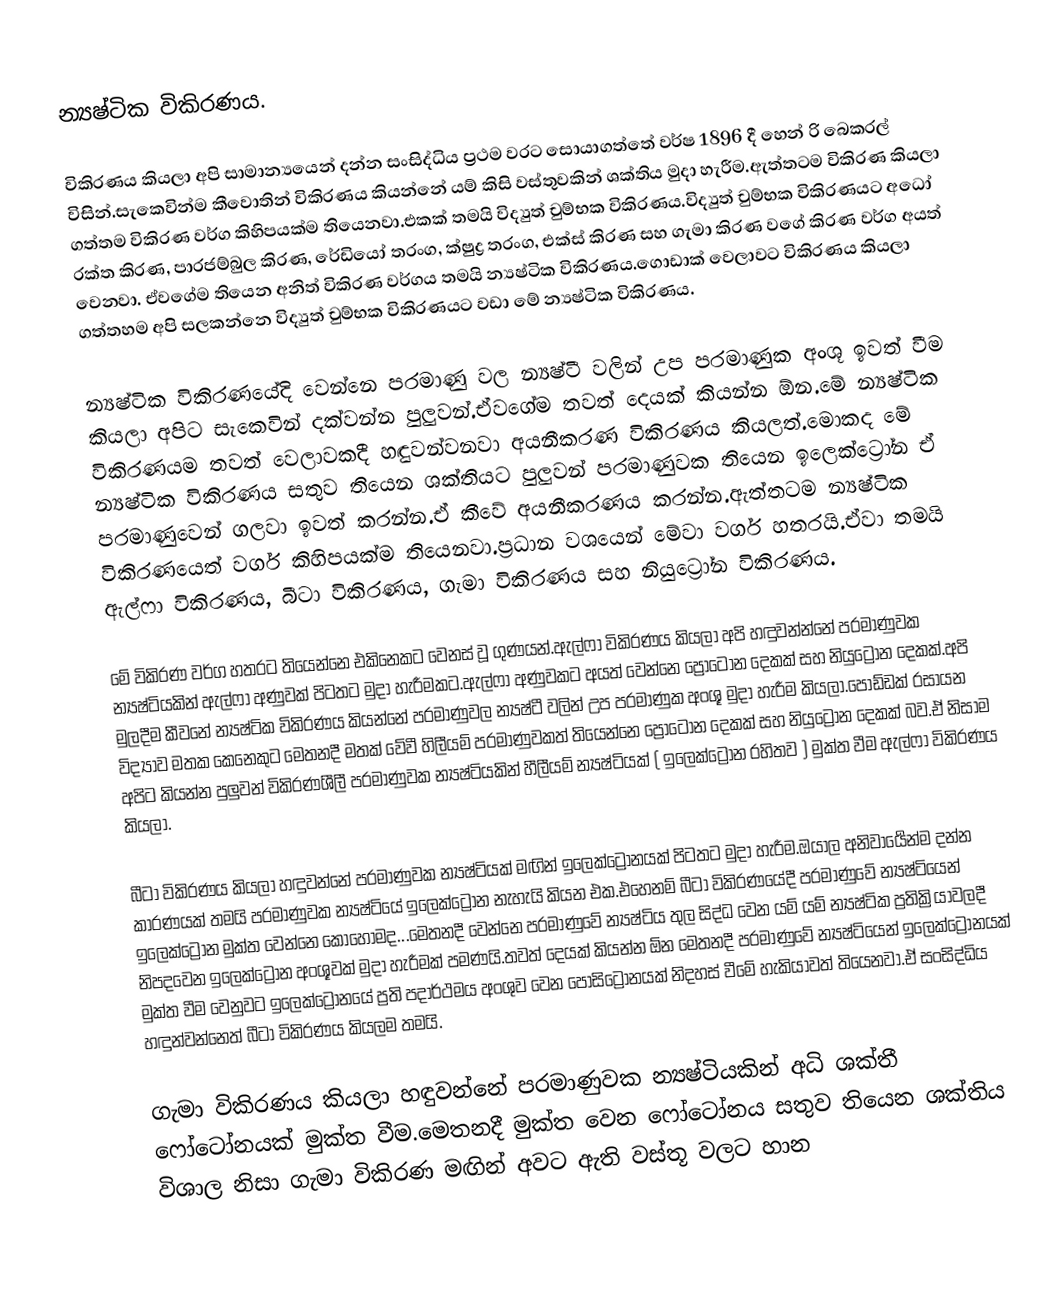
න්‍යෂ්ටික විකිරණය.

විකිරණය කියලා අපි සාමාන්‍යයෙන් දන්න සංසිද්ධිය ප්‍රථම වරට සොයාගත්තේ වර්ෂ 1896 දී හෙන් රි බෙකරල් විසින්.සැකෙවින්ම කීවොතින් විකිරණය කියන්නේ යම් කිසි වස්තුවකින් ශක්තිය මුදා හැරීම.ඇත්තටම විකිරණ කියලා ගත්තම විකිරණ වර්ග කිහිපයක්ම තියෙනවා.එකක් තමයි විද්‍යුත් චුම්භක විකිරණය.විද්‍යුත් චුම්භක විකිරණයට අධෝ රක්ත කිරණ, පාරජම්බුල කිරණ, රේඩියෝ තරංග, ක්ෂුද්‍ර තරංග, එක්ස් කිරණ සහ ගැමා කිරණ වගේ කිරණ වර්ග අයත් වෙනවා. ඒවගේම තියෙන අනිත් විකිරණ වර්ගය තමයි න්‍යෂ්ටික විකිරණය.ගොඩාක් වෙලාවට විකිරණය කියලා ගත්තහම අපි සලකන්නෙ විද්‍යුත් චුම්භක විකිරණයට වඩා මේ න්‍යෂ්ටික විකිරණය.

න්‍යෂ්ටික විකිරණයේදි වෙන්නෙ පරමාණු වල න්‍යෂ්ටී වලින් උප පරමාණුක අංශූ ඉවත් වීම කියලා අපිට සැකෙවින් දක්වන්න පුලුවන්.ඒවගේම තවත් දෙයක් කියන්න ඕන.මේ න්‍යෂ්ටික විකිරණයම තවත් වෙලාවකදී හඳුවන්වනවා අයනීකරණ විකිරණය කියලත්.මොකද මේ න්‍යෂ්ටික විකිරණය සතුව තියෙන ශක්තියට පුලුවන් පරමාණුවක තියෙන ඉලෙක්ට්‍රෝන ඒ පරමාණුවෙන් ගලවා ඉවත් කරන්න.ඒ කීවේ අයනීකරණය කරන්න.ඇත්තටම න්‍යෂ්ටික විකිරණයෙත් වර්ග කිහිපයක්ම තියෙනවා.ප්‍රධාන වශයෙන් මේවා වර්ග හතරයි.ඒවා තමයි ඇල්ෆා විකිරණය, බීටා විකිරණය, ගැමා විකිරණය සහ නියුට්‍රෝන විකිරණය.

මේ විකිරණ වර්ග හතරට තියෙන්නෙ එකිනෙකට වෙනස් වූ ගුණයන්.ඇල්ෆා විකිරණය කියලා අපි හඳුවන්න්නේ පරමාණුවක න්‍යෂ්ටියකින් ඇල්ෆා අණුවක් පිටතට මුදා හැරීමකට.ඇල්ෆා අණුවකට අයත් වෙන්නෙ ප්‍රෝටෝන දෙකක් සහ නියුට්‍රෝන දෙකක්.අපි මුලදීම කීවනේ න්‍යෂ්ටික විකිරණය කියන්නේ පරමාණුවල න්‍යෂ්ටී වලින් උප පරමාණුක අංශූ මුදා හැරීම කියලා.පොඩ්ඩක් රසායන විද්‍යාව මතක කෙනෙකුට මෙතනදී මතක් වේවී හිලීයම් පරමාණුවකත් තියෙන්නෙ ප්‍රෝටෝන දෙකක් සහ නියුට්‍රෝන දෙකක් බව.ඒ නිසාම අපිට කියන්න පුලුවන් විකිරණශීලී පරමාණුවක න්‍යෂ්ටියකින් හීලීයම් න්‍යෂ්ටියක් ( ඉලෙක්ට්‍රෝන රහිතව ) මුක්ත වීම ඇල්ෆා විකිරණය කියලා.

බීටා විකිරණය කියලා හඳුවන්නේ පරමාණුවක න්‍යෂ්ටියක් මඟින් ඉලෙක්ට්‍රෝනයක් පිටතට මුදා හැරීම.ඔයාල අනිවාර්‍යෙන්ම දන්න කාරණයක් තමයි පරමාණුවක න්‍යෂ්ටියේ ඉලෙක්ට්‍රෝන නැහැයි කියන එක.එහෙනම් බීටා විකිරණයේදී පරමාණුවේ න්‍යෂ්ටියෙන් ඉලෙක්ට්‍රෝන මුක්ත වෙන්නෙ කොහොමද...මෙතනදී වෙන්නෙ පරමාණුවේ න්‍යෂ්ටිය තුල සිද්ධ වෙන යම් යම් න්‍යෂ්ටික ප්‍රතික්‍රියාවලදී නිපදවෙන ඉලෙක්ට්‍රෝන අංශූවක් මුදා හැරීමක් පමණයි.තවත් දෙයක් කියන්න ඕන මෙතනදී පරමාණුවේ න්‍යෂ්ටියෙන් ඉලෙක්ට්‍රෝනයක් මුක්ත වීම වෙනුවට ඉලෙක්ට්‍රෝනයේ ප්‍රති පදාර්ථමය අංශුව වෙන පොසිට්‍රෝනයක් නිදහස් වීමේ හැකියාවත් තියෙනවා.ඒ සංසිද්ධිය හඳුන්වන්නෙත් බීටා විකිරණය කියලම තමයි.

ගැමා විකිරණය කියලා හඳුවන්නේ පරමාණුවක න්‍යෂ්ටියකින් අධි ශක්තී ෆෝටෝනයක් මුක්ත වීම.මෙතනදී මුක්ත වෙන ෆෝටෝනය සතුව තියෙන ශක්තිය විශාල නිසා ගැමා විකිරණ මඟින් අවට ඇති වස්තූ වලට හාන